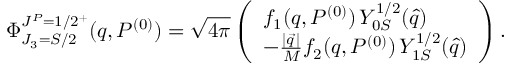
\Phi _ { J _ { 3 } = S / 2 } ^ { J ^ { P } = 1 / 2 ^ { + } } ( q , P ^ { ( 0 ) } ) = \sqrt { 4 \pi } \left( \begin{array} { l } { { f _ { 1 } ( q , P ^ { ( 0 ) } ) \, { \cal Y } _ { 0 S } ^ { 1 / 2 } ( \hat { q } ) } } \\ { { - \frac { | \vec { q } \, | } { M } f _ { 2 } ( q , P ^ { ( 0 ) } ) \, { \cal Y } _ { 1 S } ^ { 1 / 2 } ( \hat { q } ) } } \end{array} \right) .